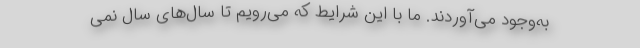
به‌وجود می‌آوردند. ما با این شرایط که می‌رویم تا سال‌های سال نمی‌